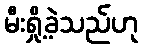
မီးရှို့ခဲ့သည်ဟု